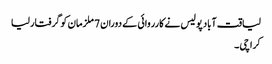
لیاقت آباد پولیس نے کارروائی کے دوران 7 ملزمان کو گرفتار لیا
کراچی ۔